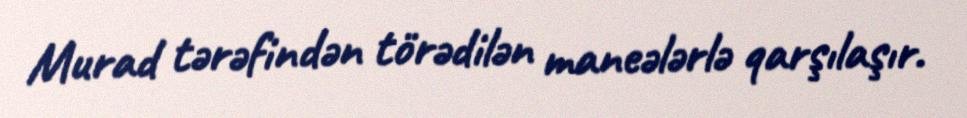
Murad tərəfindən törədilən maneələrlə qarşılaşır.